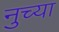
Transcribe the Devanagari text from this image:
नुच्या